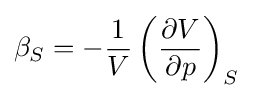
\beta _{S}=-{\frac {1}{V}}\left({\frac {\partial V}{\partial p}}\right)_{S}